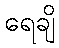
ရေချိ